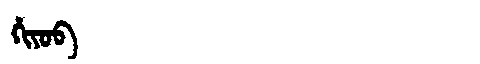
Manchu: ᡥᡳᠶᠣᠪ
Romanization: HIYOB